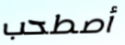
أصطحب